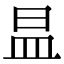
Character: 昷